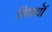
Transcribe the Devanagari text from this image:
विषयॊं